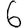
Digit: 6